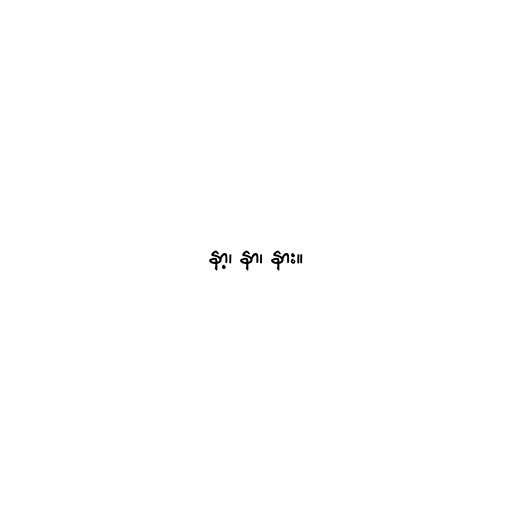
နာ့၊ နာ၊ နား။